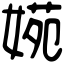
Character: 𡟃